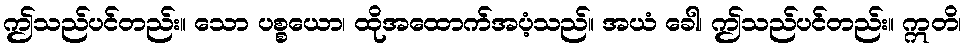
ဤသည်ပင်တည်း။ သော ပစ္စယော၊ ထိုအထောက်အပံ့သည်။ အယံ ခေါ၊ ဤသည်ပင်တည်း။ ဣတိ၊